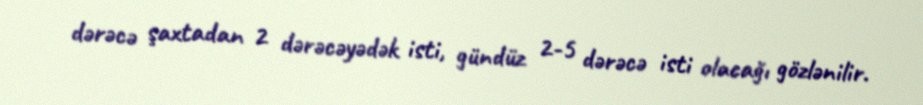
dərəcə şaxtadan 2 dərəcəyədək isti, gündüz 2-5 dərəcə isti olacağı gözlənilir.